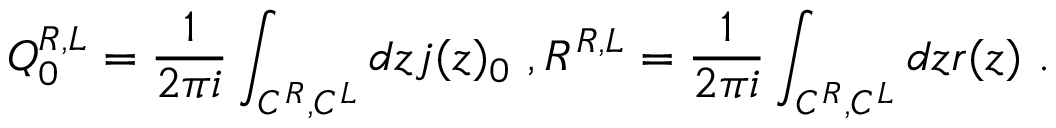
Q _ { 0 } ^ { R , L } = \frac { 1 } { 2 \pi i } \int _ { C ^ { R } , C ^ { L } } d z j ( z ) _ { 0 } \ , R ^ { R , L } = \frac { 1 } { 2 \pi i } \int _ { C ^ { R } , C ^ { L } } d z r ( z ) \ .